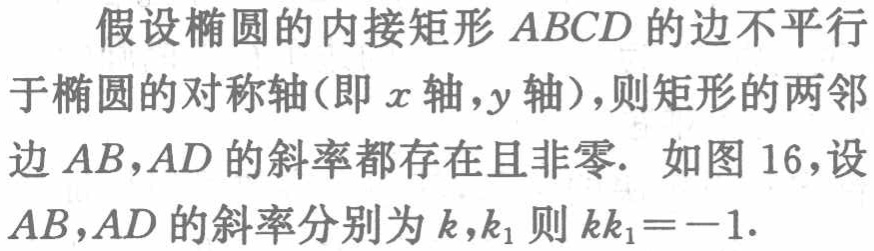
假设椭圆的内接矩形 \(ABCD\) 的边不平行于椭圆的对称轴(即 \(x\) 轴,\(y\) 轴),则矩形的两邻边 \(AB,AD\) 的斜率都存在且非零. 如图 16,设 \(AB,AD\) 的斜率分别为 \(k,k_{1}\) 则 \(kk_{1}=-1\).